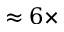
\approx 6 \times